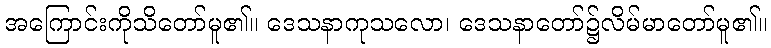
အကြောင်းကိုသိတော်မူ၏။ ဒေသနာကုသလော၊ ဒေသနာတော်၌လိမ်မာတော်မူ၏။